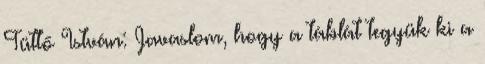
Tüttő István: Javaslom, hogy a táblát tegyük ki a